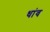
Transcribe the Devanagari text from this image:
धांव